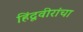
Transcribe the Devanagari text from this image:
हिंदूवीरांचा